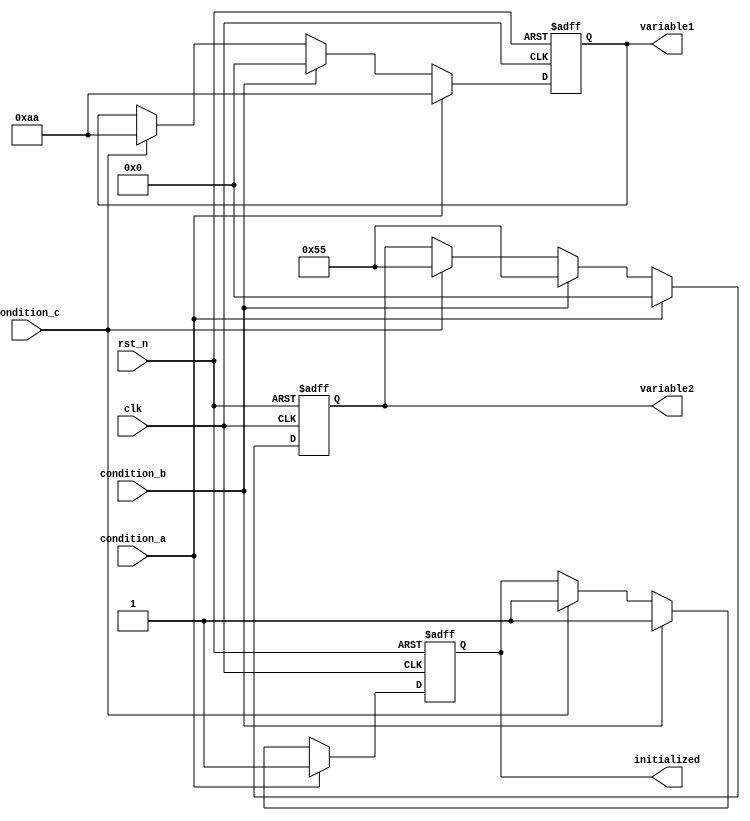
module conditional_initialization (
    input wire clk,              // Clock signal
    input wire rst_n,            // Active-low reset signal
    input wire condition_a,      // First condition for initialization
    input wire condition_b,      // Second condition for initialization
    input wire condition_c,      // Third condition for initialization
    output reg [7:0] variable1,  // Variable to be initialized
    output reg [7:0] variable2,  // Another variable to be initialized
    output reg initialized       // Status flag indicating initialization
);

// Parameterized initialization values
parameter INIT_VALUE_A = 8'hAA;
parameter INIT_VALUE_B = 8'h55;
parameter DEFAULT_VALUE = 8'h00;

// Sequential logic for initialization
always @(posedge clk or negedge rst_n) begin
    if (!rst_n) begin
        // Reset condition: Initialize to default values
        variable1 <= DEFAULT_VALUE;
        variable2 <= DEFAULT_VALUE;
        initialized <= 0;
    end else begin
        // Conditional initialization based on input conditions
        if (condition_a) begin
            variable1 <= INIT_VALUE_A;
            variable2 <= DEFAULT_VALUE;
            initialized <= 1;
        end else if (condition_b) begin
            variable1 <= DEFAULT_VALUE;
            variable2 <= INIT_VALUE_B;
            initialized <= 1;
        end else if (condition_c) begin
            variable1 <= INIT_VALUE_A;
            variable2 <= INIT_VALUE_B;
            initialized <= 1;
        end else begin
            // If no conditions are met, maintain current values
            initialized <= initialized; // Keep previous initialization status
        end
    end
end

endmodule